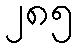
၂၈၅